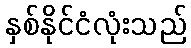
နှစ်နိုင်ငံလုံးသည်